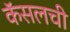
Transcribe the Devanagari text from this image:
कॅसलची